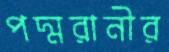
পদ্মরানীর